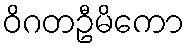
ဝိဂတဦမိကော